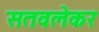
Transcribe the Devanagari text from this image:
सतवलेकर